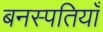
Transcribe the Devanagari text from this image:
बनस्पतियाँ